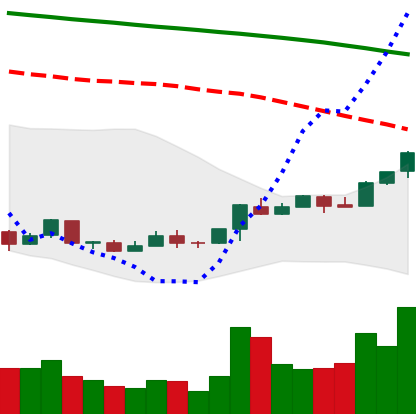
Ticker: ETC-USD
Chart end date: 2018-04-20
Forward return: -5.393%
Label: down_5_7